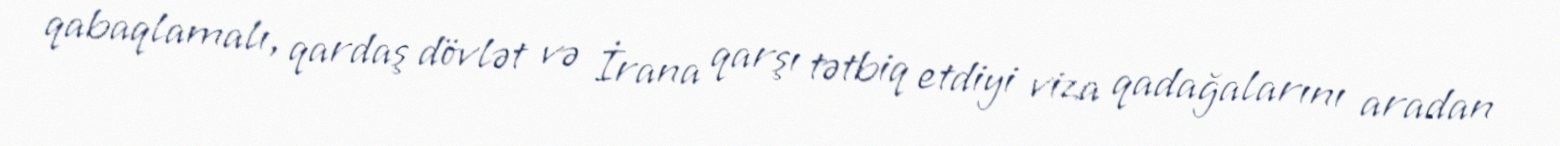
qabaqlamalı, qardaş dövlət və İrana qarşı tətbiq etdiyi viza qadağalarını aradan